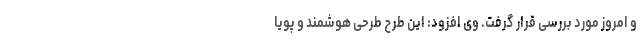
و امروز مورد بررسی قرار گرفت. وی افزود: این طرح طرحی هوشمند و پویا